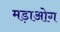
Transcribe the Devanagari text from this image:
मड़ाओग